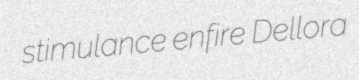
stimulance enfire Dellora